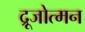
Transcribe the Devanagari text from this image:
द्रूजोत्मन